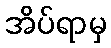
အိပ်ရာမှ